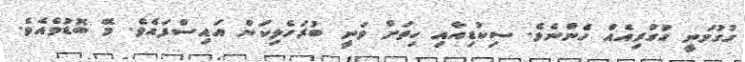
ގުގުމަނީ ގުގުރިއެއް ހެންނެވެ. ސިކުޑިއާއި ހިތަށް ވަނީ ބުރަހެލިކަން އައިސްފައެވެ. މޭ ބޮޑުވެއެވެ.